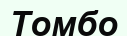
Томбо